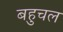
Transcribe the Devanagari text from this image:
बहुचल